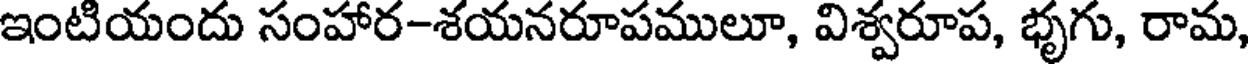
ఇంటియందు సంహార-శయనరూపములూ, విశ్వరూప, భృగు, రామ,